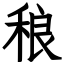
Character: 稂